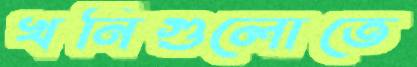
খনিগুলোতে